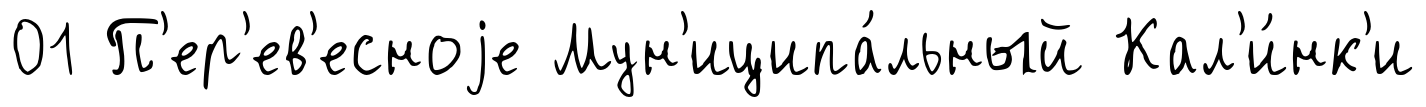
01 П'ер'ев'есноjе Мун'иципа́льный Кал'и́нк'и